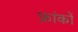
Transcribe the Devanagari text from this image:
फ्रांकों